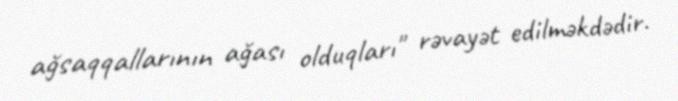
ağsaqqallarının ağası olduqları" rəvayət edilməkdədir.